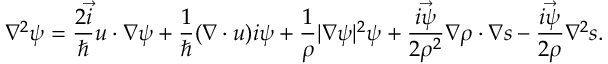
\nabla ^ { 2 } \boldsymbol { \psi } = \frac { 2 \vec { i } } { \hbar } \boldsymbol { u } \cdot \boldsymbol { \nabla } \boldsymbol { \psi } + \frac { 1 } { \hbar } ( \boldsymbol { \nabla } \cdot \boldsymbol { u } ) \boldsymbol { i \psi } + \frac { 1 } { \rho } | \boldsymbol { \nabla } \boldsymbol { \psi } | ^ { 2 } \boldsymbol { \psi } + \frac { \vec { i \psi } } { 2 \rho ^ { 2 } } \boldsymbol { \nabla } \rho \cdot \boldsymbol { \nabla } \boldsymbol { s } - \frac { \vec { i \psi } } { 2 \rho } \nabla ^ { 2 } \boldsymbol { s } .